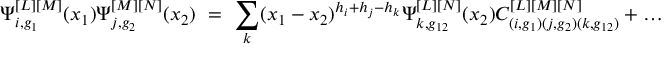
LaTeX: \Psi _ { i , g _ { 1 } } ^ { [ L ] [ M ] } ( x _ { 1 } ) \Psi _ { j , g _ { 2 } } ^ { [ M ] [ N ] } ( x _ { 2 } ) \ = \ \sum _ { k } ( x _ { 1 } - x _ { 2 } ) ^ { h _ { i } + h _ { j } - h _ { k } } \Psi _ { k , g _ { 1 2 } } ^ { [ L ] [ N ] } ( x _ { 2 } ) C _ { ( i , g _ { 1 } ) ( j , g _ { 2 } ) ( k , g _ { 1 2 } ) } ^ { [ L ] [ M ] [ N ] } + \dots